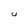
Character: U